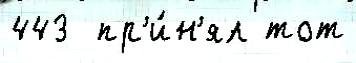
443  пр'и́н'ял тот